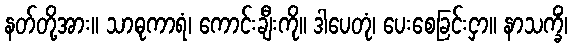
နတ်တို့အား။ သာဓုကာရံ၊ ကောင်းချီးကို။ ဒါပေတုံ၊ ပေးစေခြင်းငှာ။ နာသက္ခိံ၊